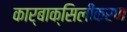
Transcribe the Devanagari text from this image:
कार्बाक्सिलीकरण